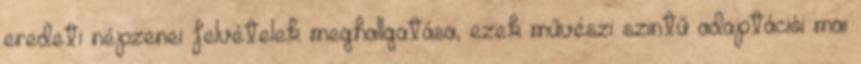
eredeti népzenei felvételek meghallgatása, ezek művészi szintű adaptációi mai